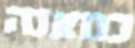
כמאנה